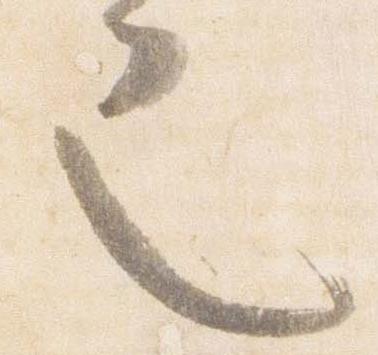
也